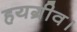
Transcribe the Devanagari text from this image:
हयग्रीव।